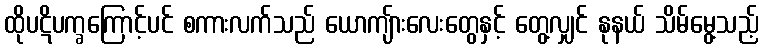
ထိုပဋိပက္ခကြောင့်ပင် စကားလက်သည် ယောကျ်ားလေးတွေနှင့် တွေ့လျှင် နုနယ် သိမ်မွေ့သည့်